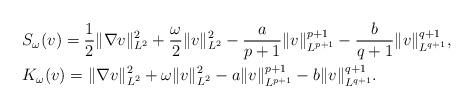
LaTeX: \begin{align*}&S_{\omega}(v)=\frac{1}{2}\|\nabla v\|_{L^2}^2+\frac{\omega}{2}\|v\|_{L^2}^2-\frac{a}{p+1}\|v\|_{L^{p+1}}^{p+1}-\frac{b}{q+1}\|v\|_{L^{q+1}}^{q+1}, \\&K_{\omega}(v)=\|\nabla v\|_{L^2}^2+\omega \|v\|_{L^2}^2-a\|v\|_{L^{p+1}}^{p+1}-b\|v\|_{L^{q+1}}^{q+1}.\end{align*}